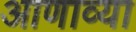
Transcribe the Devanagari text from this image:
आणाव्या